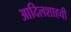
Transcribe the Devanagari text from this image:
आदिलशाहची